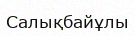
Салықбайұлы